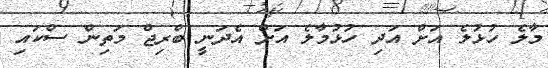
މާލެ ހުޅުލެ އަށް އަދި ހުޅުމާލެ އަށް އެދަނީ ބްރިޖް މަތިން ސްކައި